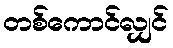
တစ်ကောင်လျှင်